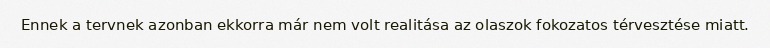
Ennek a tervnek azonban ekkorra már nem volt realitása az olaszok fokozatos térvesztése miatt.